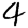
Digit: 4